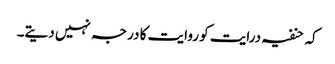
کہ حنفیہ درایت کو روایت کا درجہ نہیں دیتے۔